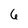
Character: 6